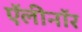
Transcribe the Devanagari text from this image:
ऍलीनॉर